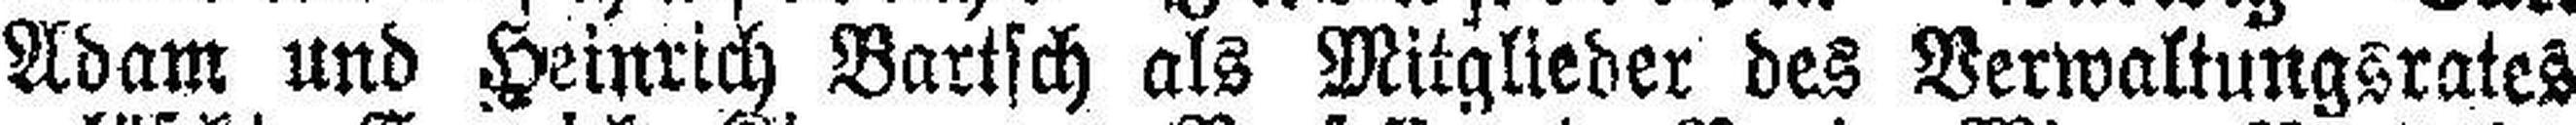
Adam und Heinrich Bartsch als Mitglieder des Verwaltungsrates